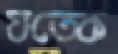
যতেক